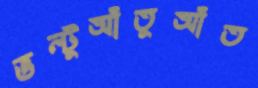
ভল্টুআঁতুআঁত